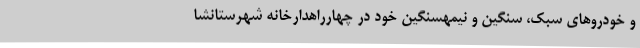
و خودروهای سبک، سنگین و نیمهسنگین خود در چهارراهدارخانه شهرستانشا